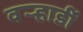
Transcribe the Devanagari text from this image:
वर्‍हाडीं